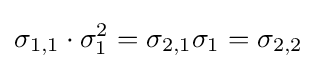
\sigma _{1,1}\cdot \sigma _{1}^{2}=\sigma _{2,1}\sigma _{1}=\sigma _{2,2}